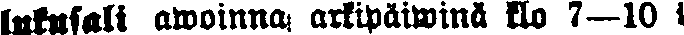
lukusali awoinna arkipäiwinä klo 7–10 i